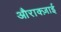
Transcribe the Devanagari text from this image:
औराक्ज़ाई